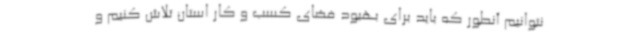
نتوانیم آنطور که باید برای بهبود فضای کسب و کار استان تلاش کنیم و